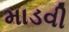
માડવી